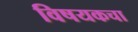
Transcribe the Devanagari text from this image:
विषयकचा